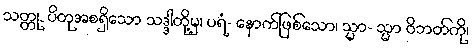
သတ္တု, ပိတုအစရှိသော သဒ္ဒါတို့မှ၊ ပရံ- နောက်ဖြစ်သော၊ သ္မာ- သ္မာ ဝိဘတ်ကို၊